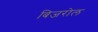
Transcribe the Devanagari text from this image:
बिजरोल